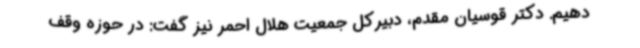
دهیم. دکتر قوسیان مقدم، دبیرکل جمعیت هلال احمر نیز گفت: در حوزه وقف